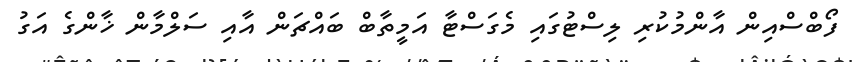
ފޯބްސްއިން އާންމުކުރި ލިސްޓުގައި މެގަސްޓާ އަމީތާބް ބައްޗަން އާއި ސަލްމާން ޚާންގެ އަގު